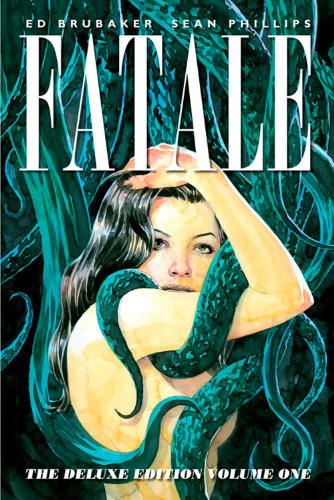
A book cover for Fatale Deluxe Edition Volume 1 HC; Ed Brubaker; Comics & Graphic Novels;